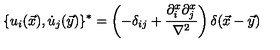
\{ u _ { i } ( \vec { x } ) , \dot { u } _ { j } ( \vec { y } ) \} ^ { * } = \left( - \delta _ { i j } + { \frac { \partial _ { i } ^ { x } \partial _ { j } ^ { x } } { \nabla ^ { 2 } } } \right) \delta ( \vec { x } - \vec { y } )